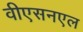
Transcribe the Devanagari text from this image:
वीएसनएल